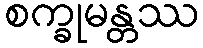
စက္ခုမန္တဿ